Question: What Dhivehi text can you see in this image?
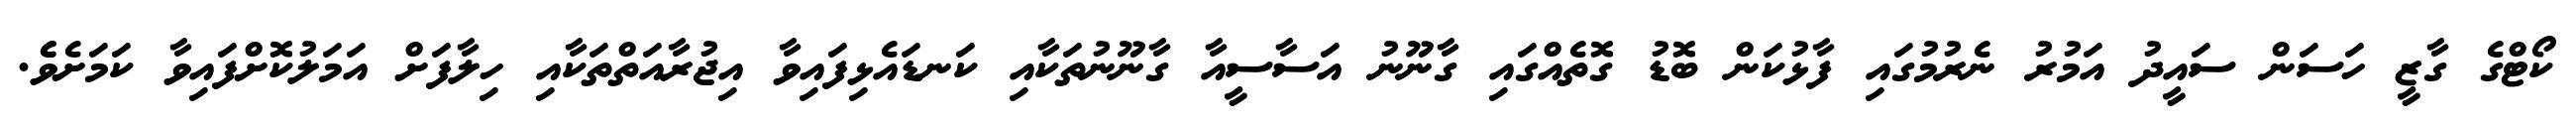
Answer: ކޯޓްގެ ގާޒީ ހަސަން ސައީދު އަމުރު ނެރުމުގައި ފާޅުކަން ބޮޑު ގޮތެއްގައި ގާނޫނު އަސާސީއާ ގާނޫނުތަކާއި ކަނޑައެޅިފައިވާ އިޖުރާއަތްތަކާއި ހިލާފަށް އަމަލުކޮށްފައިވާ ކަމަށެވެެ.